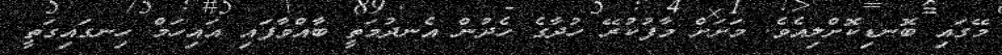
މޭގައި ބޮނޑިކޮށްލިއެވެ. މަށަށް މާފުކުރޭ ހުދާގެ ހެދުން އެނދުމަތީ ބާއްވާފައި އައިހަމް ހިނގައިގަތީ